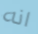
انه